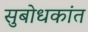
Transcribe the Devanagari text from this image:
सुबोधकांत